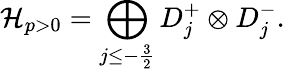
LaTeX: \mathcal{H}_{p>0}=\bigoplus_{j\leq-\frac{3}{2}}D_{j}^{+}\otimes D_{j}^{-}.